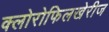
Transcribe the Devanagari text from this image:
क्लोरोफिलखेरीज